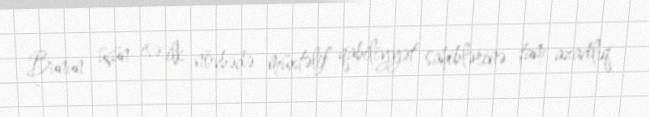
Bunun üçün isə ilk növbədə müxtəlif qabiliyyət sahiblərinə tam azadlıq